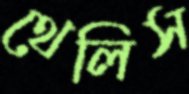
থেলিস